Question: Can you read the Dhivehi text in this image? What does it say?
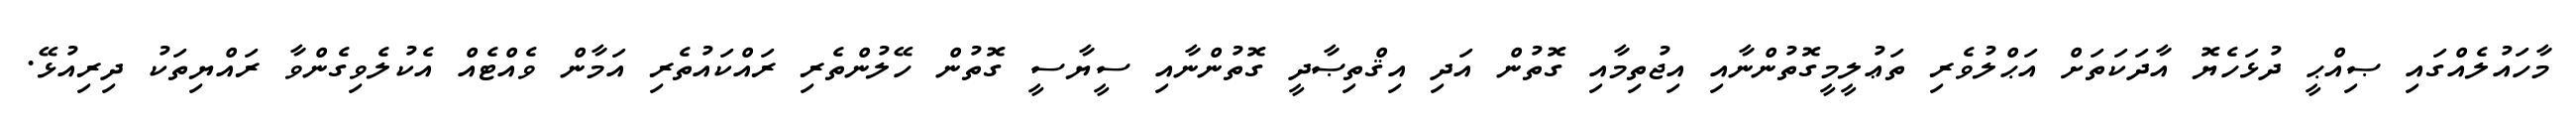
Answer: މާހައުލެއްގައި ޞިއްޙީ ދުޅަހެޔޮ އާދަކަތަށް އަޙްލުވެރި ތަޢުލީމީގޮތުންނާއި އިޖުތިމާއި ގޮތުން އަދި އިޤްތިޞާދީ ގޮތުންނާއި ސީޔާސީ ގޮތުން ހޭލުންތެރި ރައްކައުތެރި އަމާން ވެއްޓެއް އެކުލެވިގެންވާ ރައްޔިތަކު ދިރިއުޅޭ.